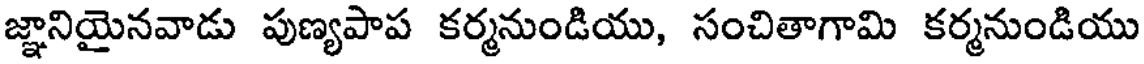
జ్ఞానియైనవాడు పుణ్యపాప కర్మనుండియు, సంచితాగామి కర్మనుండియు